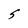
Character: S